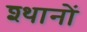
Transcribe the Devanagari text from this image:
श्थानों